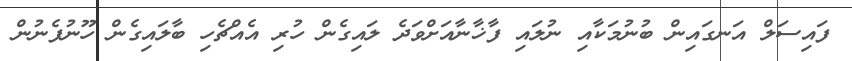
ފައިސަލް އަނގައިން ބުނުމަކާއި ނުލައި ފާޚާނާއަށްވަދެ ލައިގެން ހުރި އެއްޗެހި ބާލައިގެން ހޫނުފެނުން